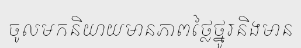
ចូលមកនិយាយមានភាពថ្លៃថ្នូរនិងមាន